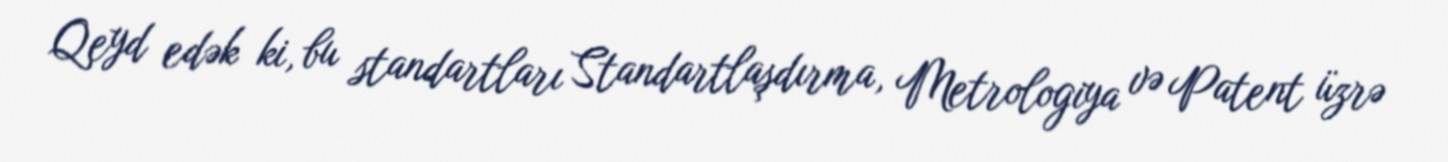
Qeyd edək ki, bu standartları Standartlaşdırma, Metrologiya və Patent üzrə